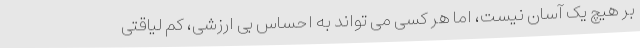
بر هیچ یک آسان نیست، اما هر کسی می تواند به احساس بی ارزشی، کم لیاقتی